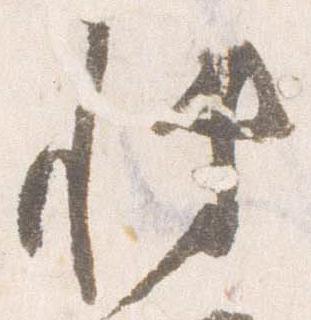
博